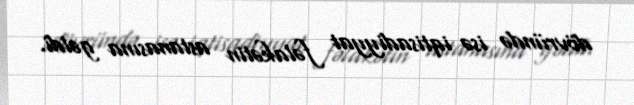
dövründə isə iqtisadiyyat fəlakətin astanasına gəldi.